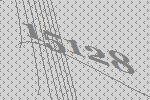
15128